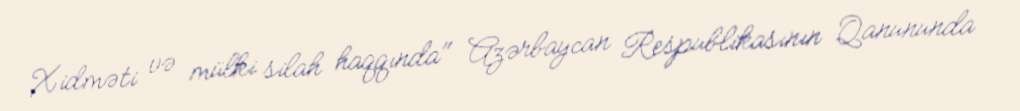
Xidməti və mülki silah haqqında" Azərbaycan Respublikasının Qanununda